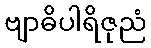
ဗျာဓိပါရိဇုညံ